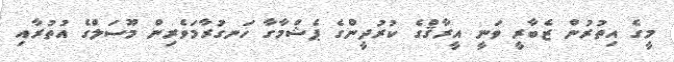
މީގެ އިތުރުން ޒެބާރީ ވަނީ އީރާޤްގެ ކުރުދީންގެ ޕެޝްމާގާ ހަނގުރާމަވެރިން މޫސަލްގެ އުތުރާއި